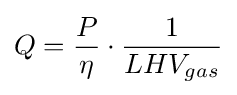
Q={\frac {P}{\eta }}\cdot {\frac {1}{LHV_{gas}}}